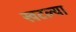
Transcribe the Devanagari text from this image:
खटल्या